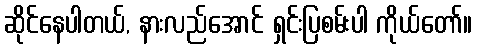
ဆိုင်နေပါတယ်, နားလည်အောင် ရှင်းပြစမ်းပါ ကိုယ်တော်။